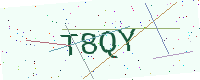
Text: T8QY